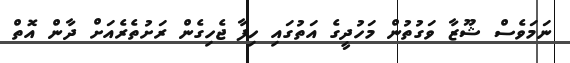
ނަމަވެސް ޝޫޒާ ވަގުތުން މަހުދީގެ އަތުގައި ހިފާ ޖެހިގެން ރަށުތެރެއަށް ދާން އޮތް